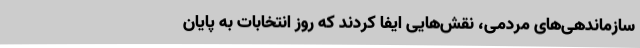
سازماندهی‌های مردمی، نقش‌هایی ایفا کردند که روز انتخابات به پایان